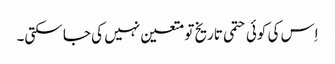
اِس کی کوئی حتمی تاریخ تو متعین نہیں کی جا سکتی۔